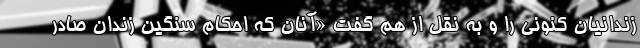
زندانیان کنونی را و به نقل از هم گفت «آنان که احکام سنگین زندان صادر